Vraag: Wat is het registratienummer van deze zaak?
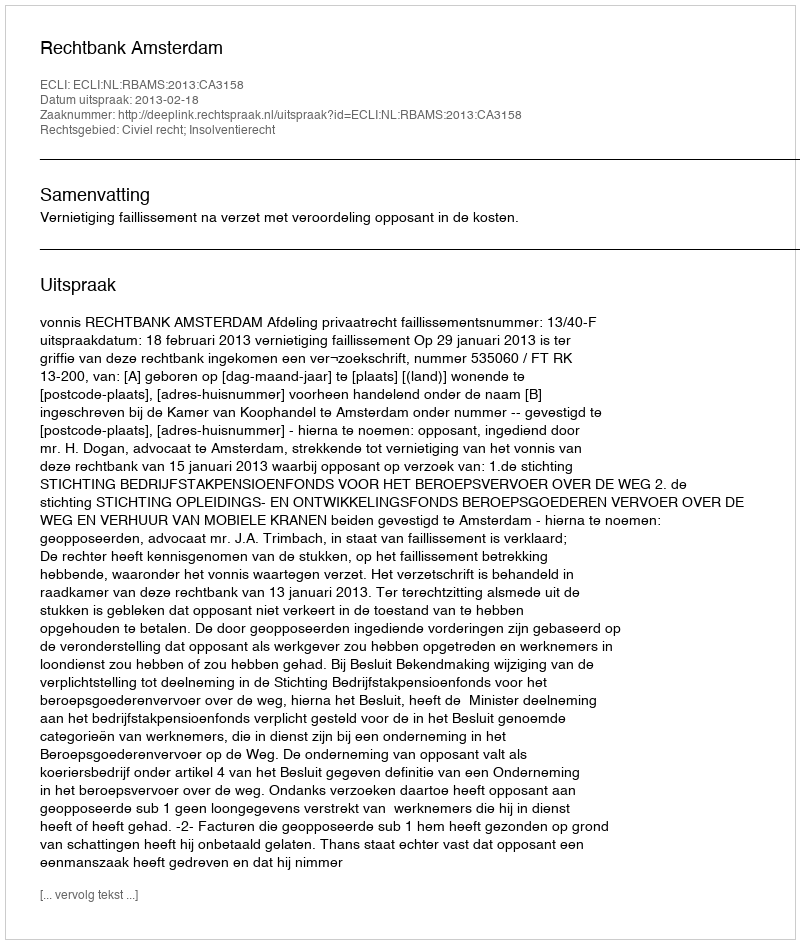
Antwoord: http://deeplink.rechtspraak.nl/uitspraak?id=ECLI:NL:RBAMS:2013:CA3158